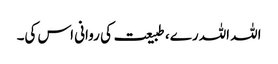
اللہ اللہ رے، طبیعت کی روانی اس کی۔